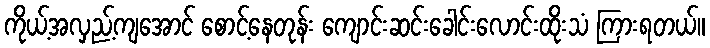
ကိုယ့်အလှည့်ကျအောင် စောင့်နေတုန်း ကျောင်းဆင်းခေါင်းလောင်းထိုးသံ ကြားရတယ်။